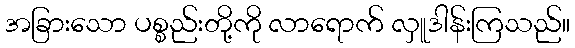
အခြားသော ပစ္စည်းတို့ကို လာရောက် လှူဒါန်းကြသည်။